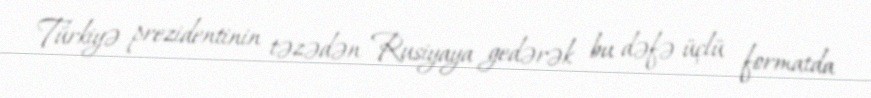
Türkiyə prezidentinin təzədən Rusiyaya gedərək bu dəfə üçlü formatda